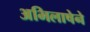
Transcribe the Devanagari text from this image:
अभिलाषेने